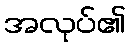
အလုပ်၏